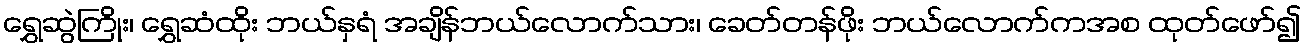
ရွှေဆွဲကြိုး၊ ရွှေဆံထိုး ဘယ်နှရံ အချိန်ဘယ်လောက်သား၊ ခေတ်တန်ဖိုး ဘယ်လောက်ကအစ ထုတ်ဖော်၍